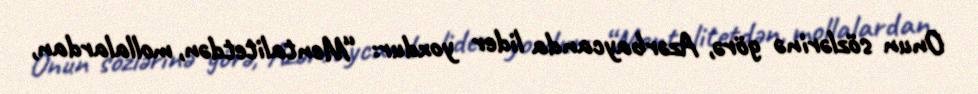
Onun sözlərinə görə, Azərbaycanda lider yoxdur: “Mentalitetdən, mollalardan,